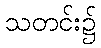
သတင်း၌